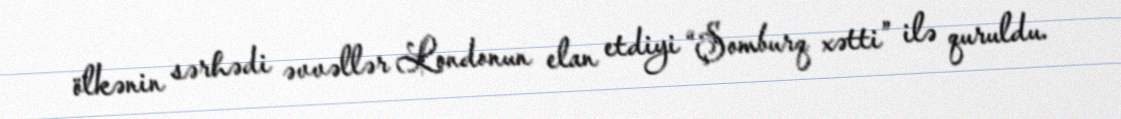
ölkənin sərhədi əvvəllər Londonun elan etdiyi “Şomburq xətti” ilə quruldu.